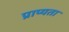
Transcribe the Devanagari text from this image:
प्राप्यता